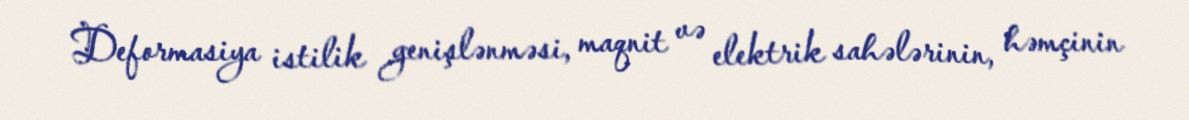
Deformasiya istilik genişlənməsi, maqnit və elektrik sahələrinin, həmçinin